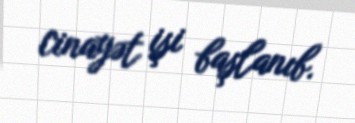
cinayət işi başlanıb.